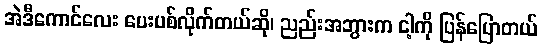
အဲဒီကောင်လေး ပေးပစ်လိုက်တယ်ဆို၊ ညည်းအဘွားက ငါ့ကို ပြန်ပြောတယ်